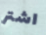
اشتر